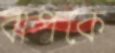
বাপকে